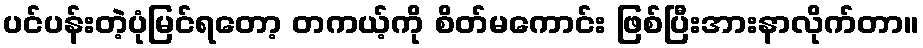
ပင်ပန်းတဲ့ပုံမြင်ရတော့ တကယ့်ကို စိတ်မကောင်း ဖြစ်ပြီးအားနာလိုက်တာ။